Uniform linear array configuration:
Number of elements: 64
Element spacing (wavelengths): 1
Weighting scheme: exponential
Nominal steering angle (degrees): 0
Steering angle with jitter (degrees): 1.677
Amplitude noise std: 0.05
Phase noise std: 0.05

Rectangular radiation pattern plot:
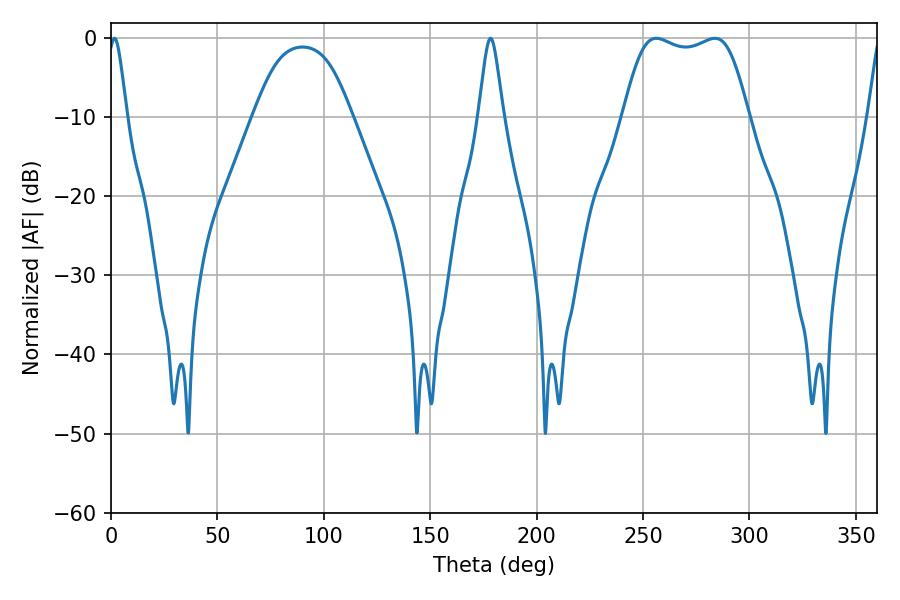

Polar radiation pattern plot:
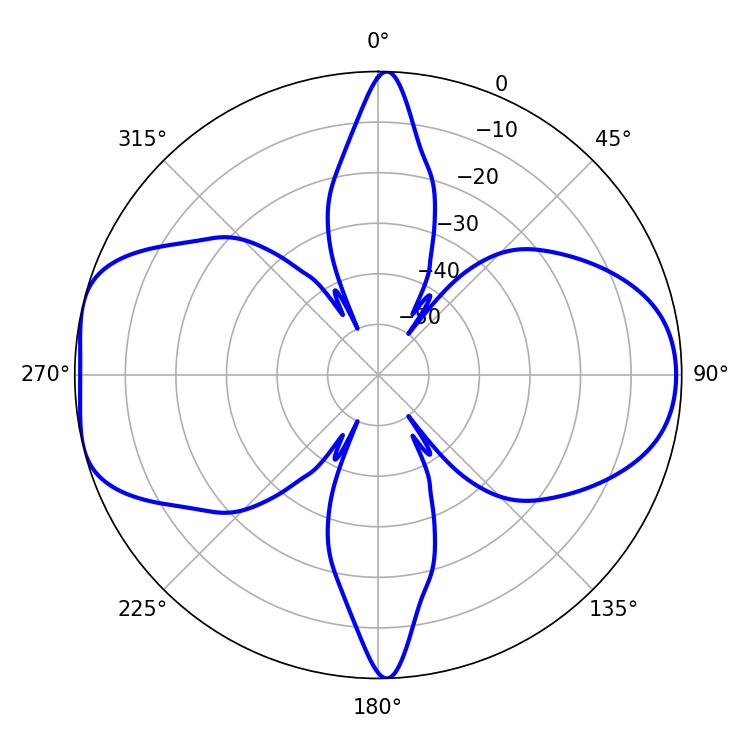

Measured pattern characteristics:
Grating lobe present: TRUE
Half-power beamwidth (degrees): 45.36
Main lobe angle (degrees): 256.14